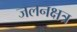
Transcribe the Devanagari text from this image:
जलनक्षत्र